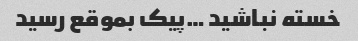
خسته نباشید …پیک بموقع رسید